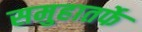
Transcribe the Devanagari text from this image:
समुहातर्फे